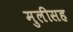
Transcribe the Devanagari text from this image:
मुलीसह